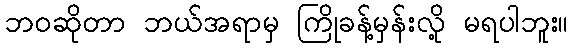
ဘဝဆိုတာ ဘယ်အရာမှ ကြိုခန့်မှန်းလို့ မရပါဘူး။